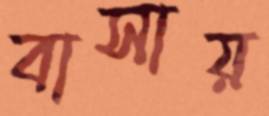
বাসায়